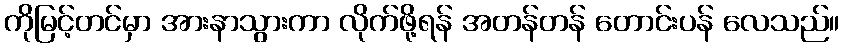
ကိုမြင့်တင်မှာ အားနာသွားကာ လိုက်ဖို့ရန် အတန်တန် တောင်းပန် လေသည်။